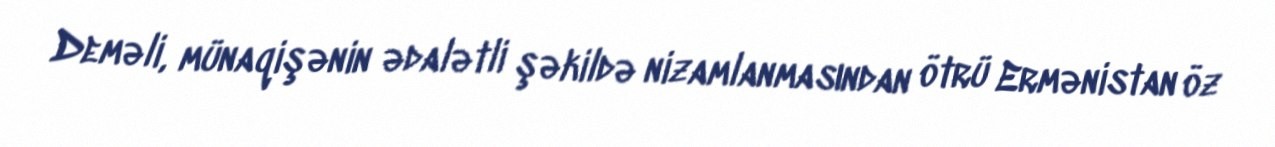
Deməli, münaqişənin ədalətli şəkildə nizamlanmasından ötrü Ermənistan öz